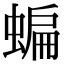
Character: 蝙